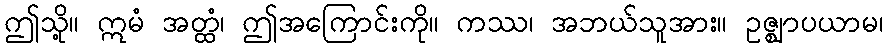
ဤသို့။ ဣမံ အတ္ထံ၊ ဤအကြောင်းကို။ ကဿ၊ အဘယ်သူအား။ ဥဇ္ဈာပယာမ၊